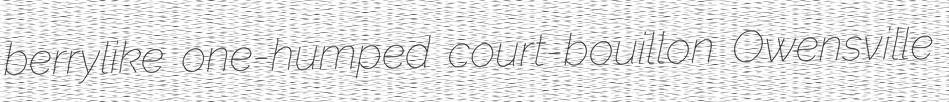
berrylike one-humped court-bouillon Owensville